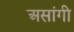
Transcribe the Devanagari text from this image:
असांगी